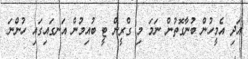
އަދި އެމީހުން ބުނާގޮތުން ނަމަ މި ގްރީން ޓީ ބުއިމުން އަނގައިގައި ހުންނަ